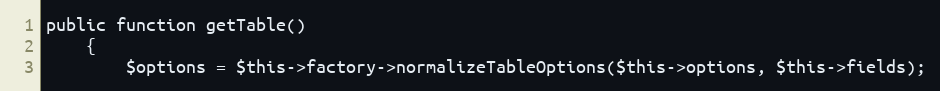
Language: PHP
public function getTable()
    {
        $options = $this->factory->normalizeTableOptions($this->options, $this->fields);